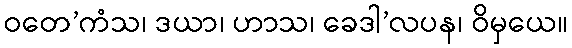
ဝတေ’ကံသ၊ ဒယာ၊ ဟာသ၊ ခေဒါ’လပန၊ ဝိမှယေ။